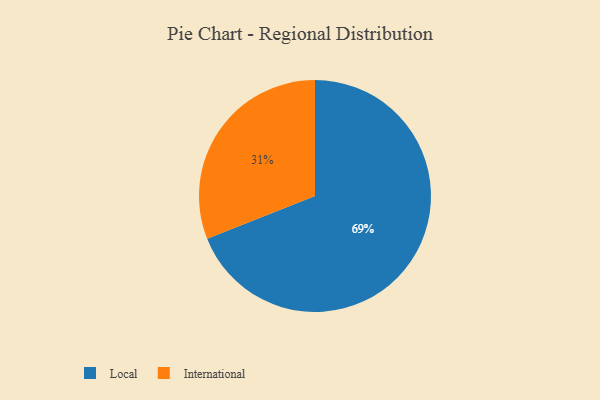
{"axis": {"x": "Category", "y": "Percentage"}, "legend": ["International", "Local"], "data": [{"x": "Local", "y": 69, "type": "Local"}, {"x": "International", "y": 31, "type": "International"}]}